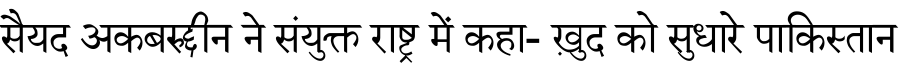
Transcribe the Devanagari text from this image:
सैयद अकबरुद्दीन ने संयुक्त राष्ट्र में कहा- ख़ुद को सुधारे पाकिस्तान